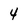
Character: 4